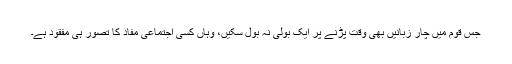
جس قوم میں چار زبانیں بھی وقت پڑنے پر ایک بولی نہ بول سکیں، وہاں کسی اجتماعی مفاد کا تصور ہی مفقود ہے۔